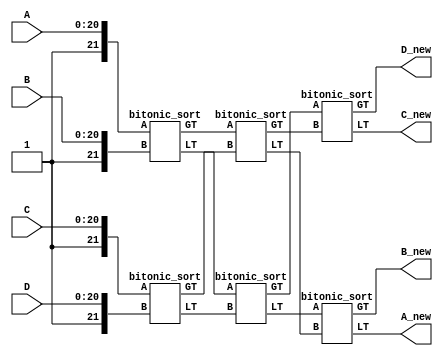
//corresponding to p=4
module sorting_block(A,B,C,D,A_new,B_new,C_new,D_new);
input wire [20:0] A,B,C,D;//21 bit word, no update signal
output wire[21:0] A_new,B_new,C_new,D_new;
wire [21:0] A_,B_,C_,D_;//22 bit word, with update signal added
wire [21:0] temp [0:7];
assign A_={1'b1,A};
assign B_={1'b1,B};
assign C_={1'b1,C};
assign D_={1'b1,D};
bitonic_sort C1(A_,B_,temp[0],temp[1]);
bitonic_sort C2(C_,D_,temp[2],temp[3]);
bitonic_sort C3(temp[0],temp[2],temp[4],temp[5]);
bitonic_sort C4(temp[1],temp[3],temp[6],temp[7]);
bitonic_sort C5(temp[4],temp[6],A_new,B_new);
bitonic_sort C6(temp[5],temp[7],C_new,D_new);
endmodule

module bitonic_sort(A,B,LT,GT);
//For A,B,LT,GT
//6:0-->W[i]
//11:7-->index j
//16:12---->index i
//20:17---->W[i,j]
//21----->update signal
input wire [21:0] A,B;//21th bit is update signal: 1 means valid update
output reg[21:0] LT,GT;
reg [6:0] W_A,W_B;
always@(A,B)
begin//start of always
if (A[21]==1'b1 && B[21]==1'b1)//update signals are equla and are 1
	begin
	if(A[11:7]==B[11:7])
		begin
		W_A={3'b000,A[20:17]}+A[6:0];
		W_B={3'b000,B[20:17]}+B[6:0];
		if(W_A<W_B)
			begin
			LT=A[21:0];
			GT={1'b0,B[20:0]};
			end
		else
			begin
			LT=B[21:0];
			GT={1'b0,A[20:0]};
			end
		end
	else if(A[11:7]<B[11:7])
		begin 
		LT=A[21:0];
		GT=B[21:0];
		end
	else
		begin
		LT=B[21:0];
		GT=A[21:0];
		end
	
	end
	else if(A[21]==1'b1 && B[21]==1'b0)
		begin
		LT=A[21:0];
		GT=B[21:0];
		end
	else if(A[21]==1'b0 && B[21]==1'b1)
		begin
		LT=B[21:0];
		GT=A[21:0];
		end
	else
		begin
		LT=A[21:0];
		GT=B[21:0];
		end
		
	
end//end of always
endmodule 
`timescale 1ns/ 1ps
module tb_sort_block;
reg [20:0] tb_A,tb_B,tb_C,tb_D;
wire [21:0] tba,tbb,tbc,tbd;
sorting_block BT (tb_A,tb_B,tb_C,tb_D,tba,tbb,tbc,tbd);
initial
begin
#25;
tb_C<=21'b010000101001110001111;
tb_A<=21'b010100110001110001010;
tb_B<=21'b000100011001110000101;
tb_D<=21'b011000010001110000010;//verified
#25;
tb_C<=21'b010000101001110001111;
tb_A<=21'b010100110001110001010;
tb_B<=21'b000100011001010000101;
tb_D<=21'b011000010001010000010;
#25;
tb_C<=21'b010000101001000001111;
tb_A<=21'b010100110001110001010;
tb_B<=21'b000100011001010000101;
tb_D<=21'b011000010001100000010;
end

endmodule